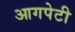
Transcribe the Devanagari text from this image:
आगपेटी